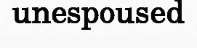
unespoused